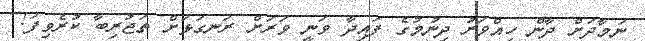
ނަމާދަށް ދާން ހިއްވަރު ދިނުމުގެ ފައިދާ ވަނީ ވަރަށް ރަނގަޅަށް ތަޖުރިބާ ކުރެވިފަ!